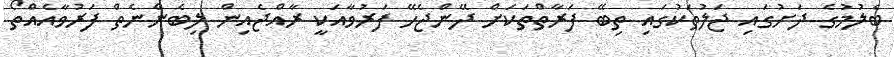
ބެލުމުގެ ދަށުގައި ޖަލުތަކުގައި ތިބޭ ފަރާތްތަކަށް ދޭންޖެހޭ ފަރުވާއަކީ ރާއްޖެއިން ލިބެންނެތް ފަރުވާއެއްތޯ